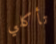
تأكلي